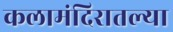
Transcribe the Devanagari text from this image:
कलामंदिरातल्या